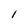
Character: 1